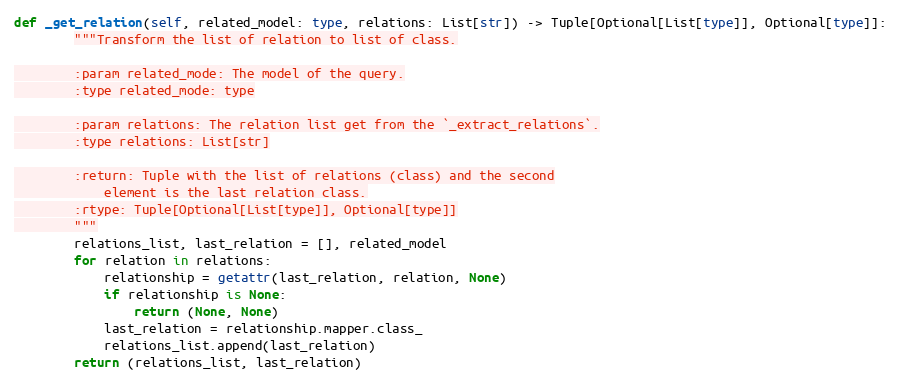
Language: Python
def _get_relation(self, related_model: type, relations: List[str]) -> Tuple[Optional[List[type]], Optional[type]]:
        """Transform the list of relation to list of class.

        :param related_mode: The model of the query.
        :type related_mode: type

        :param relations: The relation list get from the `_extract_relations`.
        :type relations: List[str]

        :return: Tuple with the list of relations (class) and the second
            element is the last relation class.
        :rtype: Tuple[Optional[List[type]], Optional[type]]
        """
        relations_list, last_relation = [], related_model
        for relation in relations:
            relationship = getattr(last_relation, relation, None)
            if relationship is None:
                return (None, None)
            last_relation = relationship.mapper.class_
            relations_list.append(last_relation)
        return (relations_list, last_relation)